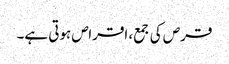
قرص کی جمع، اقراص ہوتی ہے۔